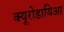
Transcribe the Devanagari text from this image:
क्यूरोडायिआ